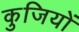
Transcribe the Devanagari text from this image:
कुजियों